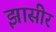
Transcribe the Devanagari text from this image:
झासीर